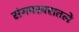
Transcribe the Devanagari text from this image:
संगमरवरातले